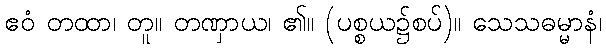
ဧဝံ တထာ၊ တူ။ တဏှာယ၊ ၏။ (ပစ္စယ၌စပ်)။ သေသဓမ္မာနံ၊